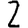
Digit: 2